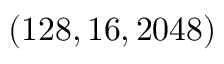
( 1 2 8 , 1 6 , 2 0 4 8 )